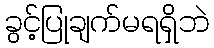
ခွင့်ပြုချက်မရရှိဘဲ